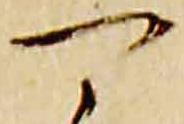
可